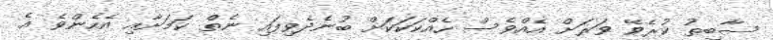
ސާބިތު ކުރެވޭ ވަރަށް އެއްވެސް ހެއްކަކަކަށް ބުނެދެވިފައި ނެތް ކަމަށާއި އެހެންވެ އެ